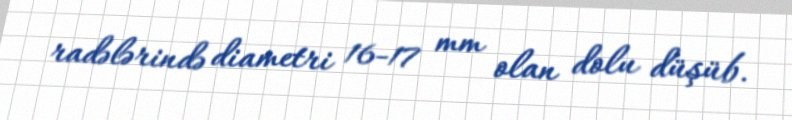
radələrində diametri 16-17 mm olan dolu düşüb.